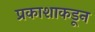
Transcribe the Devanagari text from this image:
प्रकाशाकडून